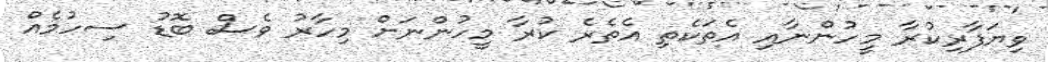
ވިޔަފާރިކުރާ މީހުންނާއި އެތަކެތި އެތެރެ ކުރާ މީހުންނަށް މިހާރު ވެސް ބޮޑު ސިހުމެއް